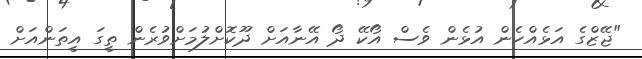
"ޖޭޒްގެ އަޅެއްހެން އުޅެން ވެސް އޯކޭ ދޯ އޭނާއަށް ދޫކޮށްލުމަށްވުރެން ތީގަ އީތަންއަށް